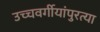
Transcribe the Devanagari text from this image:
उच्चवर्गीयांपुरत्या